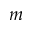
m